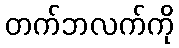
တက်ဘလက်ကို